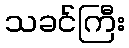
သခင်ကြီး